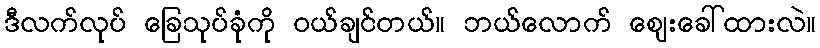
ဒီလက်လုပ် ခြေသုပ်ခုံကို ဝယ်ချင်တယ်။ ဘယ်လောက် ဈေးခေါ်ထားလဲ။